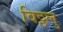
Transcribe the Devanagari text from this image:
विठ्ठलु